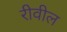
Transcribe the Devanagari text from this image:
रीवील